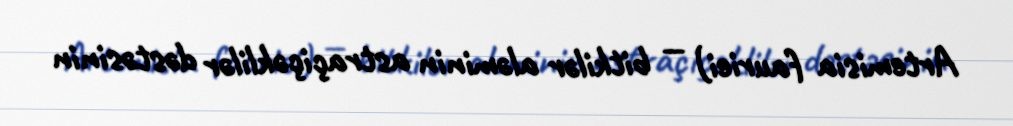
Artemisia fauriei) — bitkilər aləminin astraçiçəklilər dəstəsinin